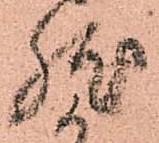
然